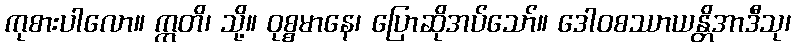
ကုစားပါလော။ ဣတိ၊ သို့။ ဝုစ္စမာနေ၊ ပြောဆိုအပ်သော်။ ဒေါဝစဿာယန္တိအာဒီသု၊